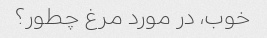
خوب، در مورد مرغ چطور؟